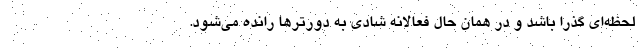
لحظه‌ای گذرا باشد و در همان حال فعالانه شادی به دورترها رانده می‌شود.